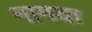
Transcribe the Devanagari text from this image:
नागया